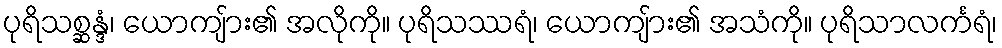
ပုရိသစ္ဆန္ဒံ၊ ယောကျ်ား၏ အလိုကို။ ပုရိသဿရံ၊ ယောကျ်ား၏ အသံကို။ ပုရိသာလင်္ကရံ၊